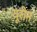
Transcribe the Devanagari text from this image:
यूरीन